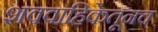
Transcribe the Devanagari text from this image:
शववाहिकेतूनच